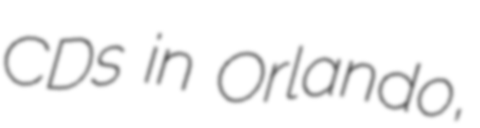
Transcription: CDs in Orlando,